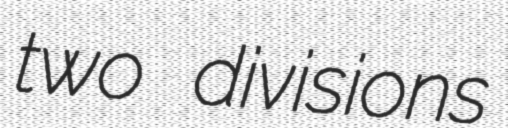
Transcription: two divisions